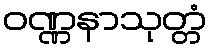
ဝဏ္ဏနာသုတ္တံ